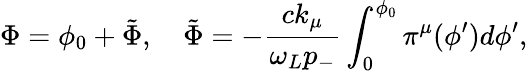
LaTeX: \Phi=\phi_{0}+\tilde{\Phi},\quad\tilde{\Phi}=-\frac{ck_{\mu}}{\omega_{L}p_{-}}\int_{0}^{\phi_{0}}\pi^{\mu}(\phi^{\prime})d\phi^{\prime},